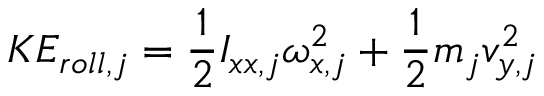
K E _ { r o l l , j } = \frac { 1 } { 2 } I _ { x x , j } \omega _ { x , j } ^ { 2 } + \frac { 1 } { 2 } m _ { j } v _ { y , j } ^ { 2 }